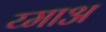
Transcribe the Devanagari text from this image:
य्माअ